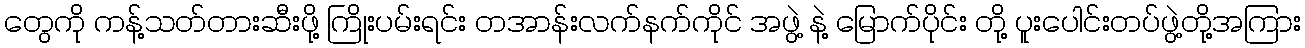
တွေကို ကန့်သတ်တားဆီးဖို့ ကြိုးပမ်းရင်း တအာန်းလက်နက်ကိုင် အဖွဲ့ နဲ့ မြောက်ပိုင်း တို့ ပူးပေါင်းတပ်ဖွဲ့တို့အကြား